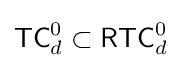
{\mathsf {TC}}_{d}^{0}\subset {\mathsf {RTC}}_{d}^{0}